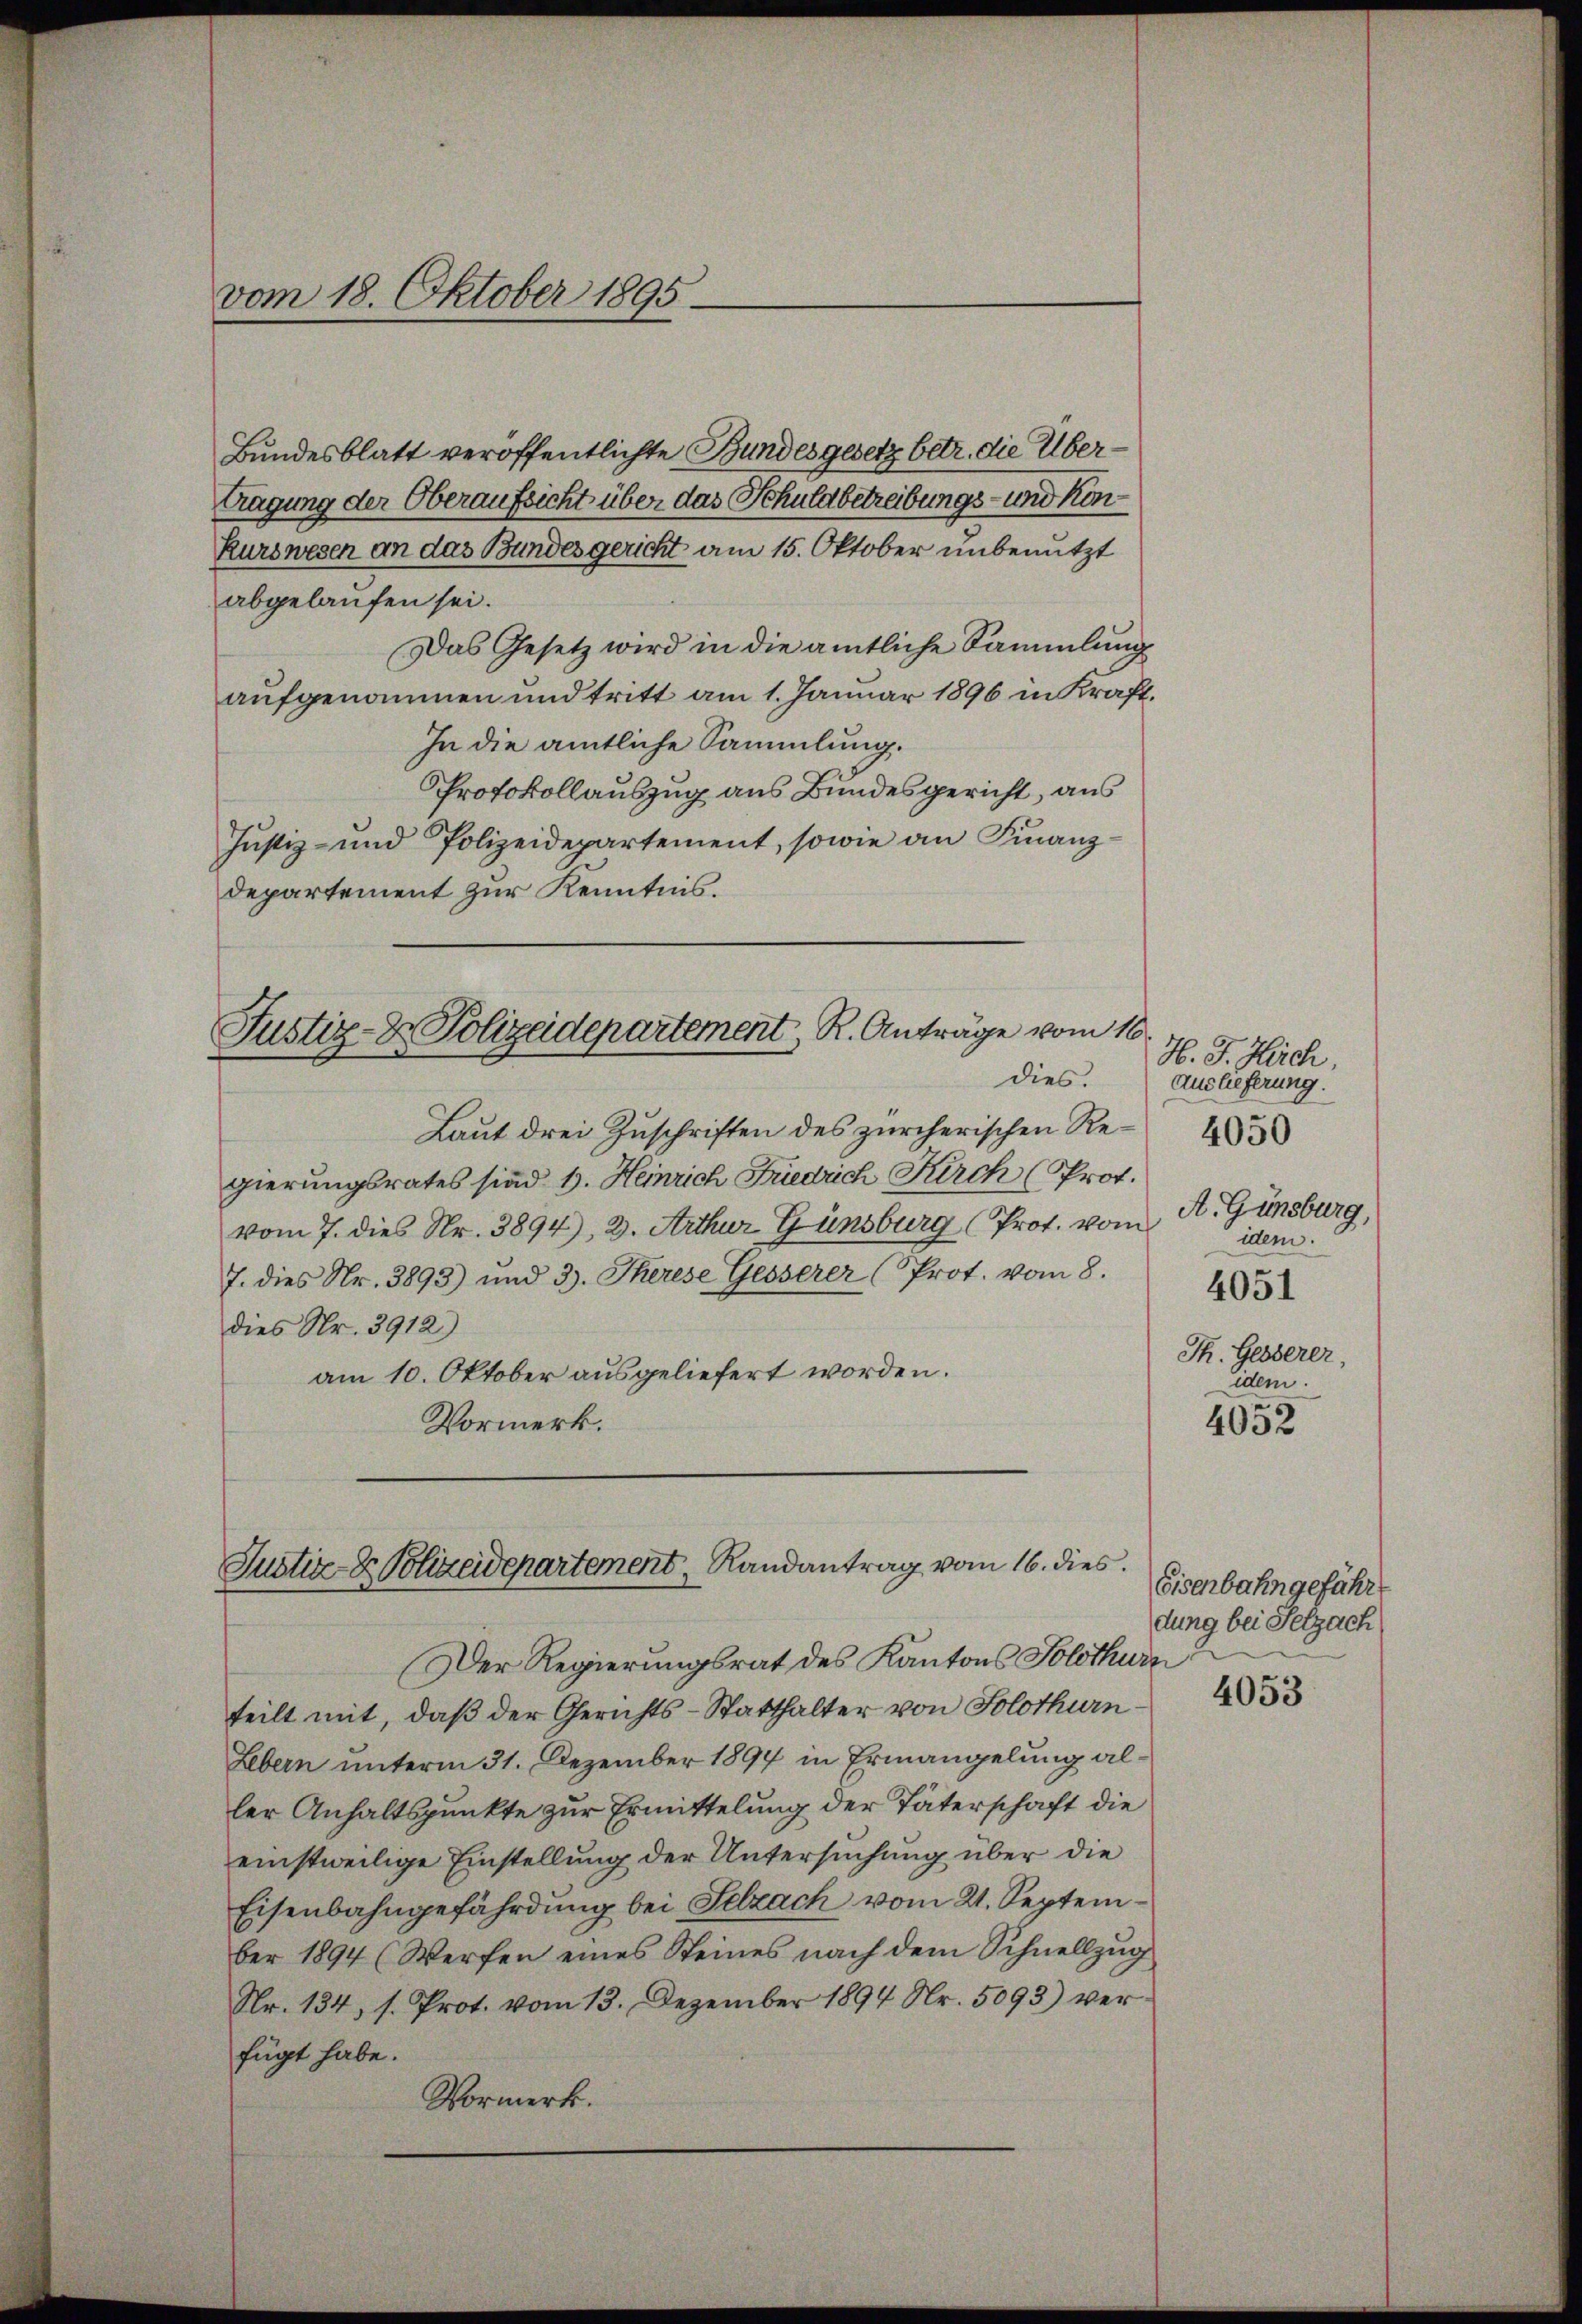
vom 18. Oktober 1895

Bundesblatt veröffentlichte Bundesgesetz betr. die Übertragung der Oberaufsicht über das Schuldbetreibungs- und könkurswesen an das Bundesgericht am 15. Oktober unbenutzt
abgelaufen sei.
Das Gesetz wird in die amtliche Sammlung
aufgenommen und tritt am 1. Januar 1896 in Kraft,
In die amtliche Sammlung.
Protokollauszug aus Bundesgericht, aus
Justiz- und Polizeidepartement, sowie an Finanzdepartement zur Kenntnis.

Justiz- & Polizeidepartement, R. Anträge vom 10.
dies.

Laut drei Zuschriften des zürcherischen Regierungsrates sind 1. Heinrich Friedrich Kirch (Prot.
vom 7. dies Nr. 3894), 2. Arthur Günsburg (Prot. vom
7. dies Nr. 3893) und 3. Therese Gesserer (Prot. vom 8.
dies Nr. 3912)
am 10. Oktober ausgeliefert worden.
Vormerk.

Justiz- Polizeidepartement, Randantrag vom 16. dies

H. J. Heich
Auslieferung.
A. Ginsburg,
idem.
4051
Th. Gesserer,
idem.
4052

Der Regierungsrat des Kantons Solothurn
teilt mit, daß der Gerichts-Statthalter von Solothurn¬
Lebern unterm 31. Dezember 1894 in Ermangelung aller Anhaltspunkte zur Ermittelung der Täterschaft die
einstweilige Einstellung der Untersuchung über die
Eisenbahngefährdung bei Selzach vom 21. September 1894 (Werfen eines Steines nach dem Schnellzug
Nr. 134, s. Prot. vom 13. Dezember 1894 Nr. 5093) verfügt habe.
Vormerk.

4050

Eisenbahngefähr
dung bei Selzach

4053